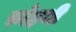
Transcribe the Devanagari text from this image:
स्नेहथी